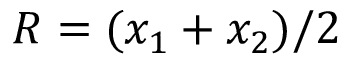
R = ( x _ { 1 } + x _ { 2 } ) / 2